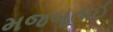
મજબૂતાઈ